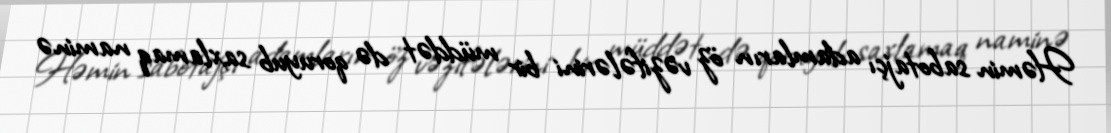
Həmin sabotajçı adamların öz vəzifələrini bir müddət də qoruyub saxlamaq naminə